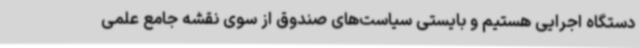
دستگاه اجرایی هستیم و بایستی سیاست‌های صندوق از سوی نقشه جامع علمی